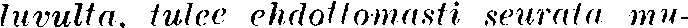
luvulta, tulee ehdottomasti seurata mu-